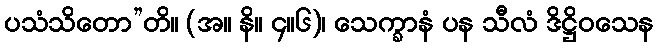
ပသံသိတော”တိ။ (အ။ နိ။ ၄။၆)၊ သေက္ခာနံ ပန သီလံ ဒိဋ္ဌိဝသေန